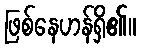
ဖြစ်နေဟန်ရှိ၏။